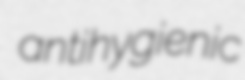
antihygienic